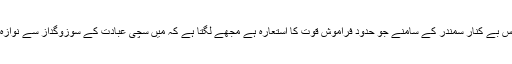
اس بار اس بے کنار سمندر کے سامنے جو حدود فراموش قوت کا استعارہ ہے مجھے لگتا ہے کہ میں سچی عبادت کے سوزوگداز سے نوازہ گیا ہوں۔